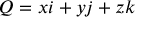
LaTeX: Q = x i + y j + z k